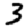
Digit: 3